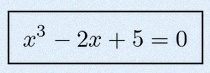
x^3-2x+5=0